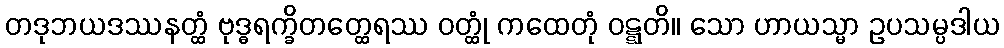
တဒုဘယဒဿနတ္ထံ ဗုဒ္ဓရက္ခိတတ္ထေရဿ ဝတ္ထုံ ကထေတုံ ဝဋ္ဋတိ။ သော ဟာယသ္မာ ဥပသမ္ပဒါယ